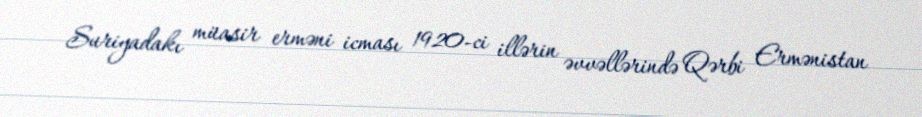
Suriyadakı müasir erməni icması 1920-ci illərin əvvəllərində Qərbi Ermənistan